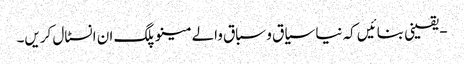
- یقینی بنائیں کہ نیا سیاق و سباق والے مینو پلگ ان انسٹال کریں۔